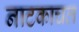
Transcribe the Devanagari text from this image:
नाटकाचल